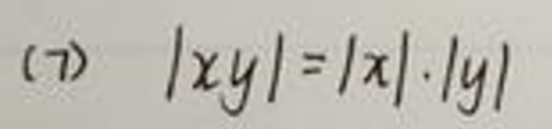
(7) \(|xy| = |x|\cdot|y|\)